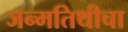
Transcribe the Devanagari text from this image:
जन्मतिथीचा